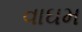
વાઘમ